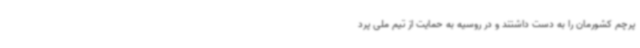
پرچم کشورمان را به‌ دست داشتند و در روسیه به حمایت از تیم ملی پرد